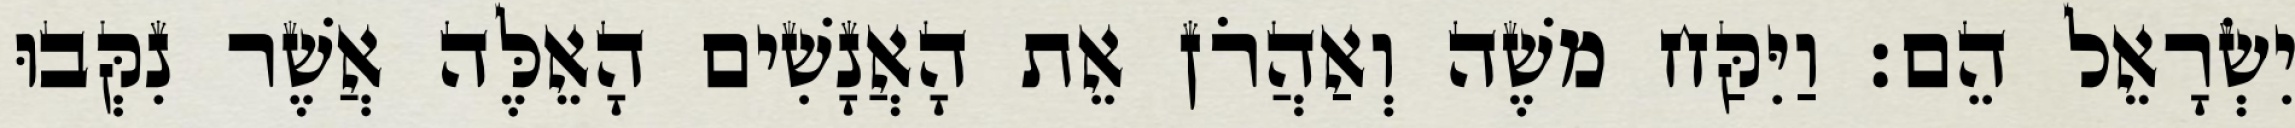
יִשְׂרָאֵל הֵם׃ וַיִּקַּח משֶׁה וְאַהֲרֹן אֵת הָאֲנָשִׁים הָאֵלֶּה אֲשֶׁר נִקְּבוּ